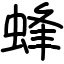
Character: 蜂